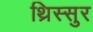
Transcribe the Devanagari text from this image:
थ्रिस्सुर